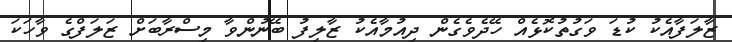
ޒާލަފާއެކު ކުޑަ ވަގުތުކޮޅެއް ހޭދެވެގެން ދިއުމާއެކު ޒާލިފު ބޭނުންވާ މިސްރާބަށް ޒަލަފްގެ ވާހަކަ